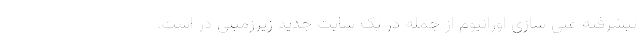
پیشرفته غنی سازی اورانیوم از جمله در یک سایت جدید زیرزمینی در است.